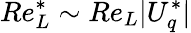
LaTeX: Re_{L}^{*}\sim Re_{L}|U_{q}^{*}|